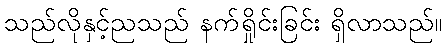
သည်လိုနှင့်ညသည် နက်ရှိုင်းခြင်း ရှိလာသည်။